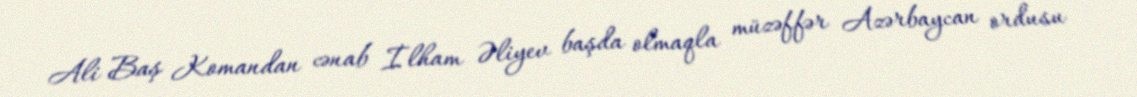
Ali Baş Komandan cənab İlham Əliyev başda olmaqla müzəffər Azərbaycan ordusu